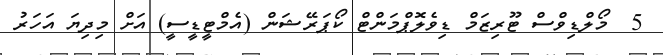
5  މޯލްޑިވްސް ޓޫރިޒަމް ޑިވެލޮޕްމަންޓް ކޯޕަރޭޝަން (އެމްޓީޑީސީ) އަށް މިދިޔަ އަހަރު